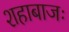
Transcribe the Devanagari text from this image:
शहाबाजः